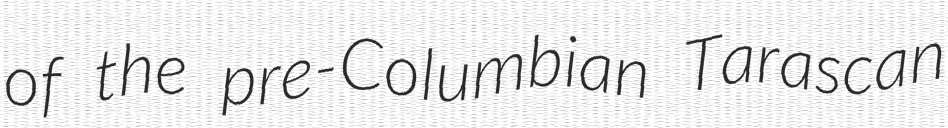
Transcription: of the pre-Columbian Tarascan